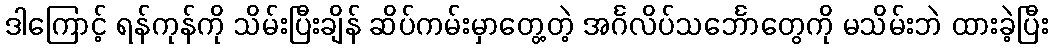
ဒါကြောင့် ရန်ကုန်ကို သိမ်းပြီးချိန် ဆိပ်ကမ်းမှာတွေ့တဲ့ အင်္ဂလိပ်သင်္ဘောတွေကို မသိမ်းဘဲ ထားခဲ့ပြီး